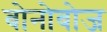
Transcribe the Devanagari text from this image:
बोनोबोज